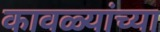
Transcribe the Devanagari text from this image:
कावळ्यांच्या